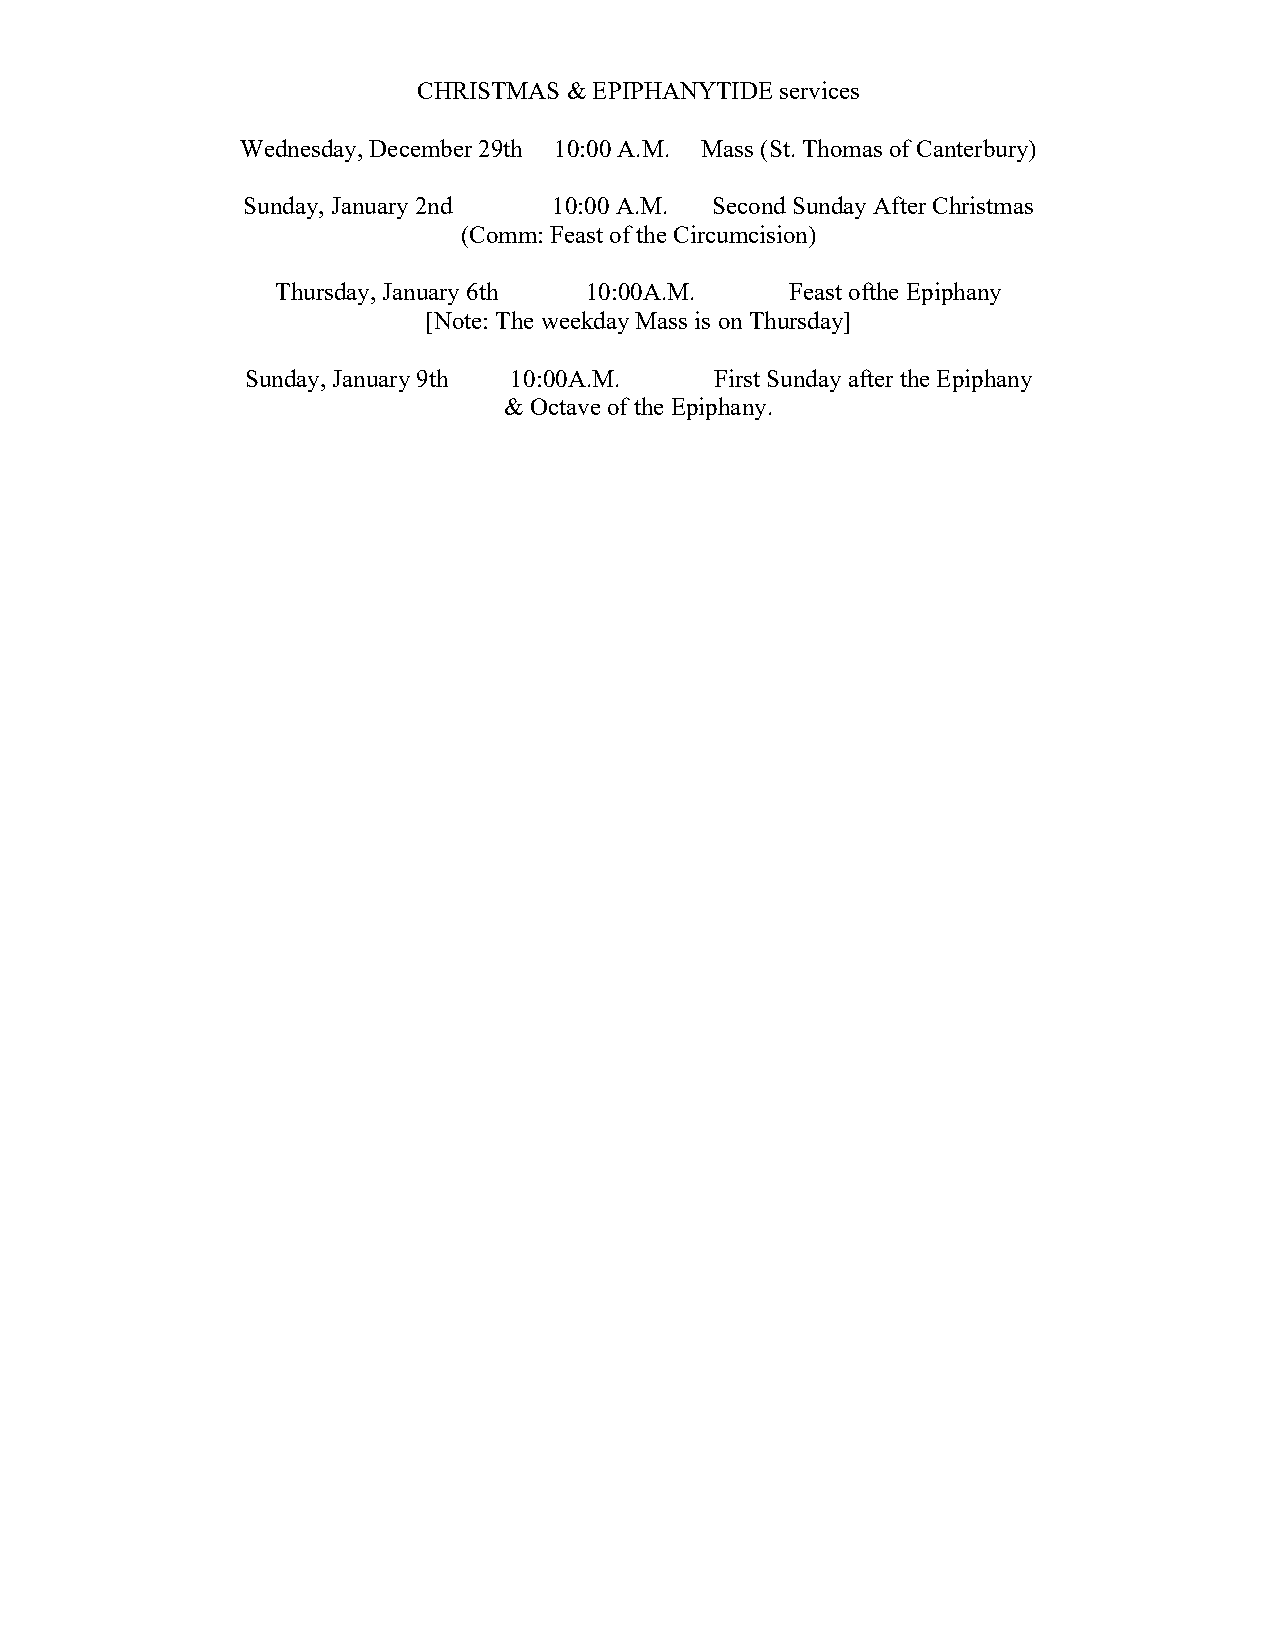
CHRISTMAS & EPIPHANYTIDE services
 Wednesday, December 29th 10:00 A.M. Mass (St. Thomas of Canterbury)
 Sunday, January 2nd  10:00 A.M. Second Sunday After Christmas
 (Comm: Feast of the Circumcision)
 Thursday, January 6th 10:00A.M.   Feast ofthe Epiphany
 [Note: The weekday Mass is on Thursday]
 Sunday, January 9th 10:00A.M.  First Sunday after the Epiphany
 & Octave of the Epiphany.